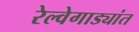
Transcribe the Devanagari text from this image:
रेल्वेगाड्यांत